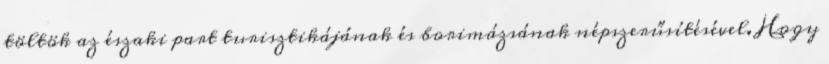
töltök az északi part turisztikájának és borimázsának népszerűsítésével. Hogy